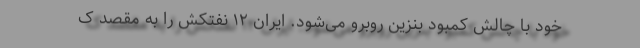
خود با چالش کمبود بنزین روبرو می‌شود. ایران ۱۲ نفتکش را به مقصد ک